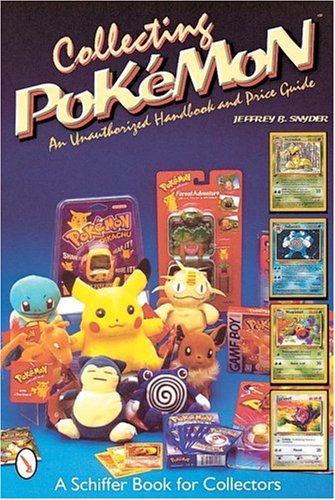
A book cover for Collecting Pokemon (A Schiffer Book for Collectors); Jeffrey Snyder; Computers & Technology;